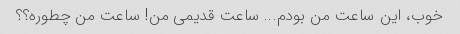
خوب، این ساعت من بودم... ساعت قدیمی من! ساعت من چطوره؟؟